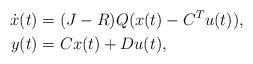
LaTeX: \begin{align*}\dot{x}(t) = & \; (J-R)Q(x(t) - C^{T}u(t)), \\y(t) = & \; C x(t) + Du(t),\end{align*}